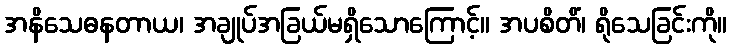
အနိသေဓနတာယ၊ အချုပ်အခြယ်မရှိသောကြောင့်။ အပစိတိံ၊ ရိုသေခြင်းကို။